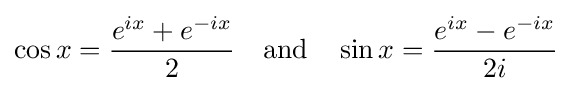
\cos x={\frac {e^{ix}+e^{-ix}}{2}}\quad {\text{and}}\quad \sin x={\frac {e^{ix}-e^{-ix}}{2i}}